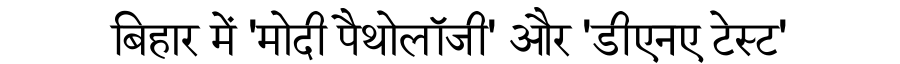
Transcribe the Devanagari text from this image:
बिहार में 'मोदी पैथोलॉजी' और 'डीएनए टेस्ट'